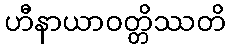
ဟီနာယာဝတ္တိဿတိ